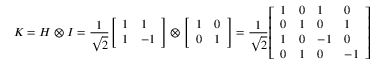
K = H \otimes I = { \frac { 1 } { \sqrt { 2 } } } { \left[ \begin{array} { l l } { 1 } & { 1 } \\ { 1 } & { - 1 } \end{array} \right] } \otimes { \left[ \begin{array} { l l } { 1 } & { 0 } \\ { 0 } & { 1 } \end{array} \right] } = { \frac { 1 } { \sqrt { 2 } } } { \left[ \begin{array} { l l l l } { 1 } & { 0 } & { 1 } & { 0 } \\ { 0 } & { 1 } & { 0 } & { 1 } \\ { 1 } & { 0 } & { - 1 } & { 0 } \\ { 0 } & { 1 } & { 0 } & { - 1 } \end{array} \right] }